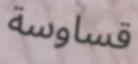
قساوسة